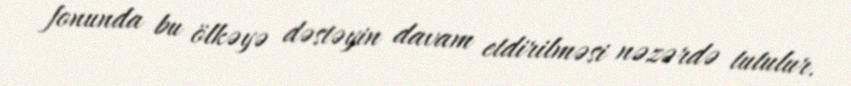
fonunda bu ölkəyə dəstəyin davam etdirilməsi nəzərdə tutulur.